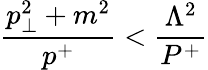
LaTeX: {\frac{p_{\perp}^{2}+m^{2}}{p^{+}}}<{\frac{\Lambda^{2}}{P^{+}}}